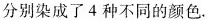
分别染成了4种不同的颜色.